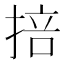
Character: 掊